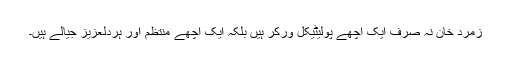
زمرد خان نہ صرف ایک اچھے پولیٹیکل ورکر ہیں بلکہ ایک اچھے منتظم اور ہردلعزیز جیالے ہیں۔